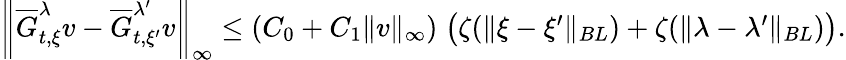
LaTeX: \begin{array}{r}{\left\| \overline{G}_{t,\xi}^{\lambda}v-\overline{G}_{t,\xi^{\prime}}^{\lambda^{\prime}}v\right\| _{\infty}\le\left(C_{0}+C_{1}\| v\| _{\infty}\right)\; \big(\zeta(\| \xi-\xi^{\prime}\| _{BL})+\zeta(\| \lambda-\lambda^{\prime}\| _{BL})\big).}\end{array}